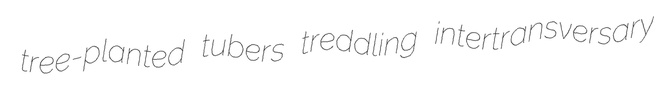
tree-planted tubers treddling intertransversary